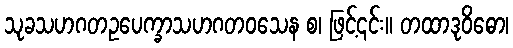
သုခသဟဂတဥပေက္ခာသဟဂတဝသေန စ၊ ဖြင့်၎င်း။ တထာဒုဝိဓော၊